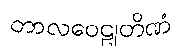
တာလဝေဠုတိဏံ